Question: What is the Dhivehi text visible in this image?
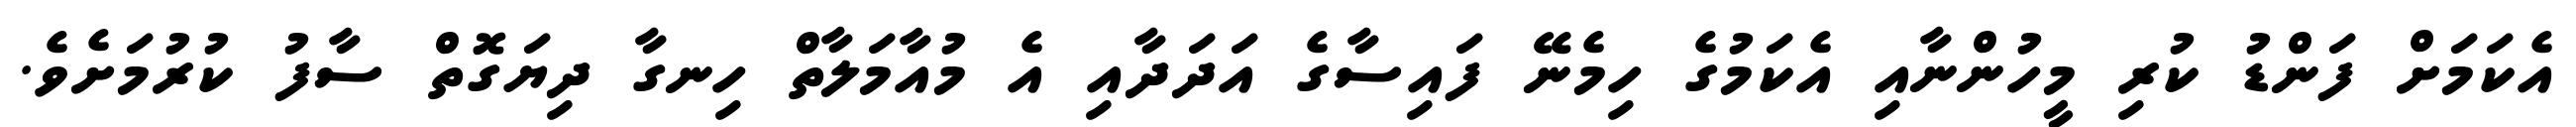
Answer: އެކަމަށް ފަންޑު ކުރި މީހުންނާއި އެކަމުގެ ހިމެނޭ ފައިސާގެ އަދަދާއި އެ މުއާމަލާތް ހިނގާ ދިޔަގޮތް ސާފު ކުރުމަށެވެ.